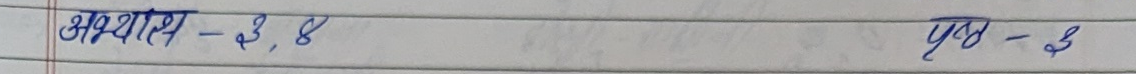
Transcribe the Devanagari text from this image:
अध्याय - ३, 8 पृष्ठ - ३